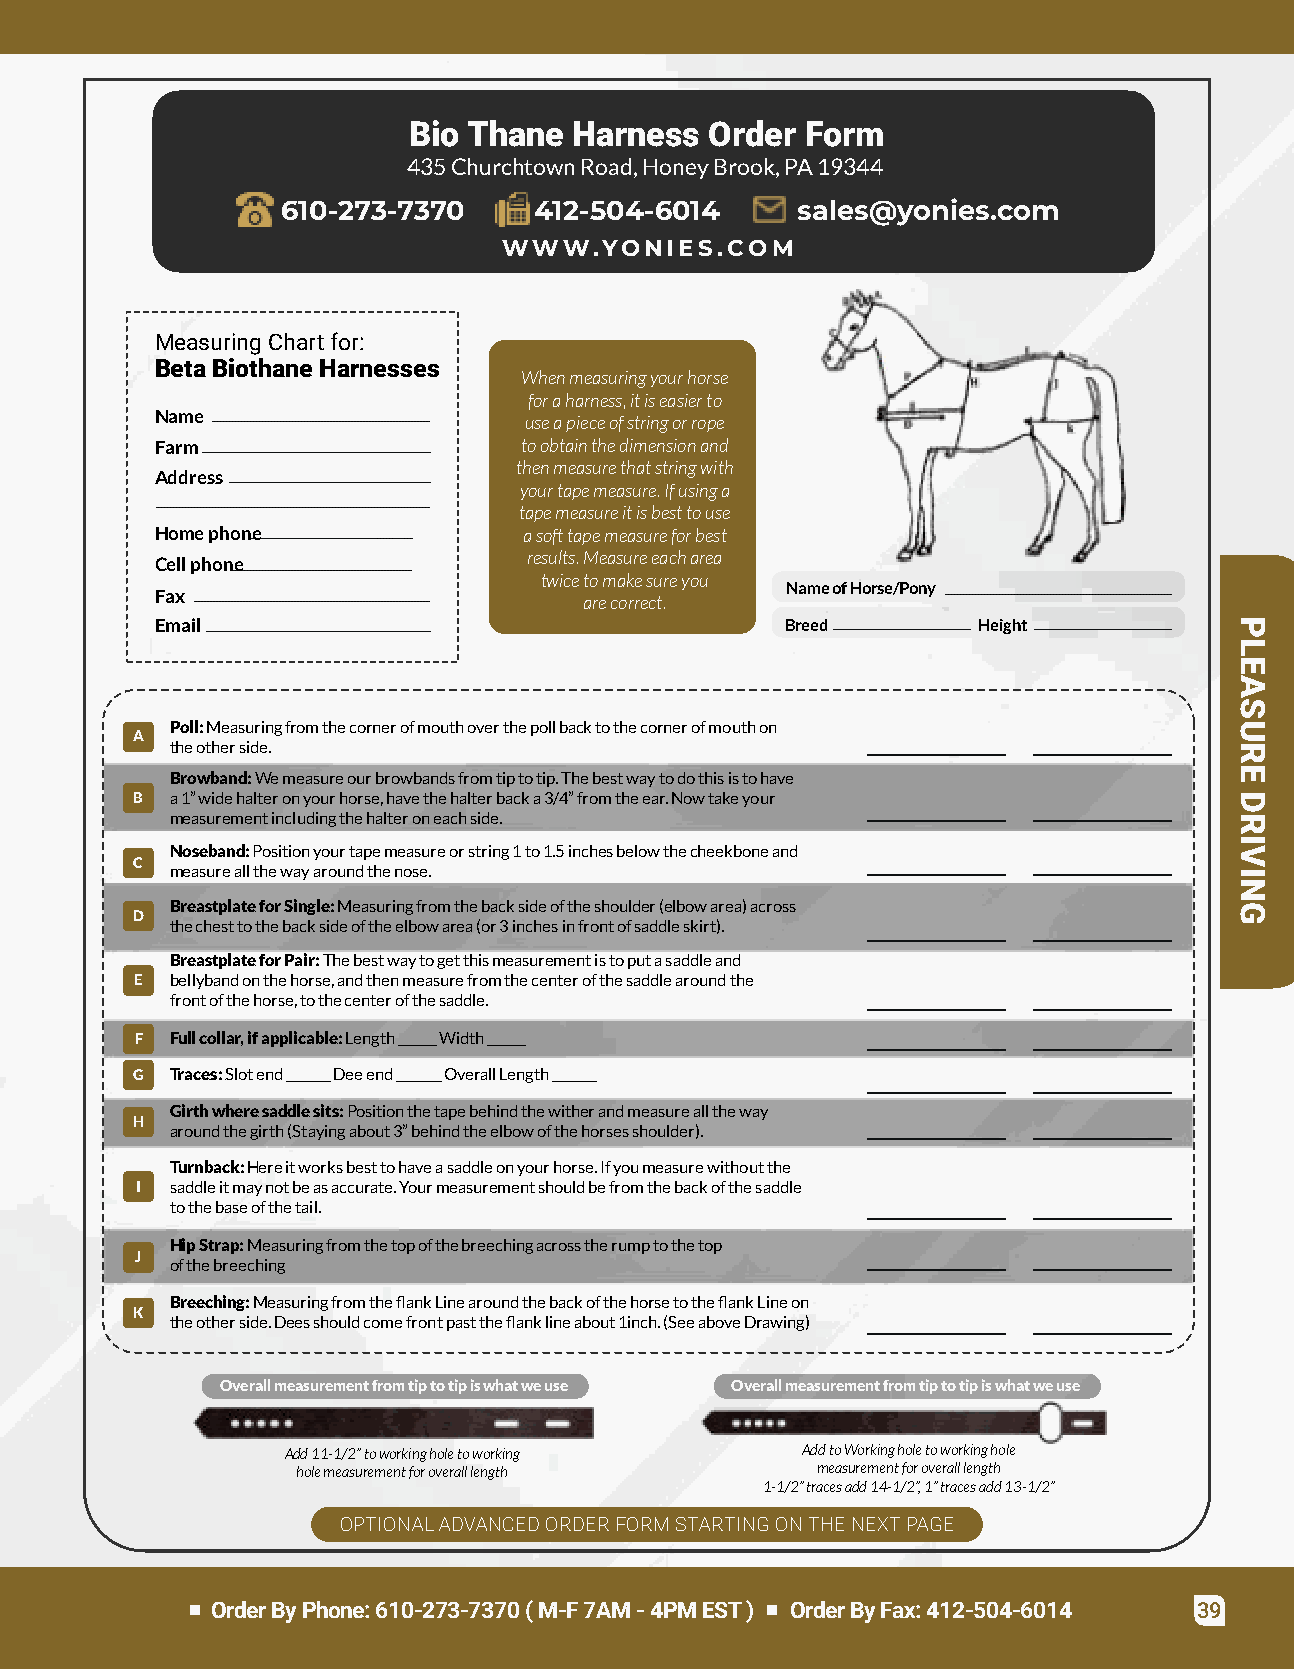
Bio Thane  Harness  Order Form
 435ChurchtownRoad,HoneyBrook,PA19344
 610-273-7370    412-504-6014      sales@yonies.com
 WWW.YONIES.COM
 MeasuringChartfor:
 BetaBiothaneHarnesses
 Whenmeasuringyourhorse
 foraharness,itiseasierto
 Name
 useapieceofstringorrope
 Farm                    toobtainthedimensionand
 thenmeasurethatstringwith
 Address
 yourtapemeasure.Ifusinga
 tapemeasureitisbesttouse
 Homephone                asofttapemeasureforbest
 results.Measureeacharea
 Cellphone
 twicetomakesureyou
 NameofHorse/Pony
 Fax
 arecorrect.
 Email                                     Breed        Height
 Poll:Measuringfromthecornerofmouthoverthepollbacktothecornerofmouthon
 A
 theotherside.
 Browband:Wemeasureourbrowbandsfromtiptotip.Thebestwaytodothisistohave
 B a1”widehalteronyourhorse,havethehalterbacka3/4”fromtheear.Nowtakeyour
 measurementincludingthehalteroneachside.
 Noseband:Positionyourtapemeasureorstring1to1.5inchesbelowthecheekboneand
 C
 measureallthewayaroundthenose.
 BreastplateforSingle:Measuringfromthebacksideoftheshoulder(elbowarea)across
 D
 thechesttothebacksideoftheelbowarea(or3inchesinfrontofsaddleskirt).
 BreastplateforPair:Thebestwaytogetthismeasurementistoputasaddleand
 E bellybandonthehorse,andthenmeasurefromthecenterofthesaddlearoundthe
 frontofthehorse,tothecenterofthesaddle.
 F Fullcollar,ifapplicable:Length______Width______
 G Traces:Slotend_______Deeend_______OverallLength_______
 Girthwheresaddlesits:Positionthetapebehindthewitherandmeasurealltheway
 H
 aroundthegirth(Stayingabout3”behindtheelbowofthehorsesshoulder).
 Turnback:Hereitworksbesttohaveasaddleonyourhorse.Ifyoumeasurewithoutthe
 I saddleitmaynotbeasaccurate.Yourmeasurementshouldbefromthebackofthesaddle
 tothebaseofthetail.
 HipStrap:Measuringfromthetopofthebreechingacrosstherumptothetop
 J
 ofthebreeching
 Breeching:MeasuringfromtheflankLinearoundthebackofthehorsetotheflankLineon
 K
 theotherside.Deesshouldcomefrontpasttheflanklineabout1inch.(SeeaboveDrawing)
 Overallmeasurementfromtiptotipiswhatweuse Overallmeasurementfromtiptotipiswhatweuse
 Add11-1/2”toworkingholetoworking  AddtoWorkingholetoworkinghole
 holemeasurementforoveralllength   measurementforoveralllength
 1-1/2”tracesadd14-1/2”,1”tracesadd13-1/2”
 OPTIONALADVANCEDORDERFORMSTARTINGONTHENEXTPAGE
 OrderByPhone:610-273-7370(M-F7AM-4PMEST) OrderByFax:412-504-6014 39
 PLEASURE
 DRIVING